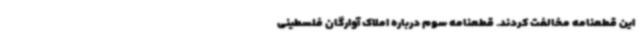
این قطعنامه مخالفت کردند. قطعنامه سوم درباره املاک آوارگان فلسطینی